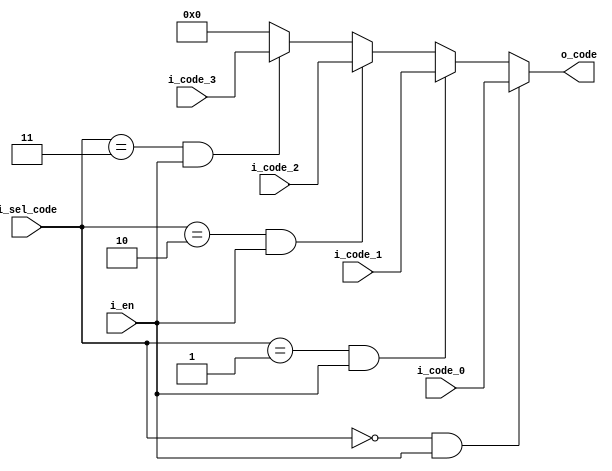
// -- python C:\Users\Brandon\Documents\Personal_Projects\my_utils\modelsim_utils\auto_run.py -d run_cmd__MUX_4_1_8_bit_v.do



//  Behavior Model
module MUX_4_1_8_bit_v
  (
  input        i_en,
  input  [7:0] i_code_0,
  input  [7:0] i_code_1,
  input  [7:0] i_code_2,
  input  [7:0] i_code_3,
  input  [1:0] i_sel_code, 
  output [7:0] o_code);
  
  
  assign o_code = i_sel_code == 2'b00 & i_en ? i_code_0 :
                  i_sel_code == 2'b01 & i_en ? i_code_1 :
                  i_sel_code == 2'b10 & i_en ? i_code_2 :
                  i_sel_code == 2'b11 & i_en ? i_code_3 : 8'b00000000;
  
endmodule